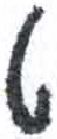
אות: ט